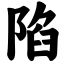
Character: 陷